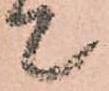
て